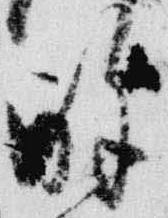
酔